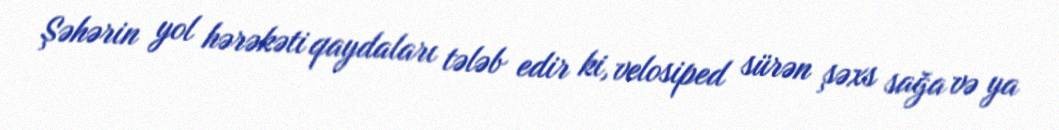
Şəhərin yol hərəkəti qaydaları tələb edir ki, velosiped sürən şəxs sağa və ya